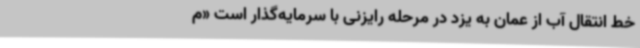
خط انتقال آب از عمان به یزد در مرحله رایزنی با سرمایه‌گذار است «م